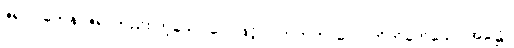
ဇရာဝါတေန၊ ဇရာတည်း ဟူသော လေဖြင့်။ ပဟတကာလေ၊ တိုက်ခတ်သော အခါ၌။